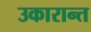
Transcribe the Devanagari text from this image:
उकारान्त